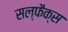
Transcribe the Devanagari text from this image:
सल्फैक्स